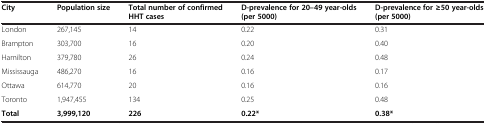
<table><thead><tr><td><b>City</b></td><td><b>Population size</b></td><td><b>Total number of confirmed HHT cases</b></td><td><b>D-prevalence for 20–49 year-olds (per 5000)</b></td><td><b>D-prevalence for ≥50 year-olds (per 5000)</b></td></tr></thead><tbody><tr><td>London</td><td>267,145</td><td>14</td><td>0.22</td><td>0.31</td></tr><tr><td>Brampton</td><td>303,700</td><td>16</td><td>0.20</td><td>0.40</td></tr><tr><td>Hamilton</td><td>379,780</td><td>26</td><td>0.24</td><td>0.48</td></tr><tr><td>Mississauga</td><td>486,270</td><td>16</td><td>0.16</td><td>0.17</td></tr><tr><td>Ottawa</td><td>614,770</td><td>20</td><td>0.16</td><td>0.16</td></tr><tr><td>Toronto</td><td>1,947,455</td><td>134</td><td>0.25</td><td>0.48</td></tr><tr><td><b>Total</b></td><td><b>3,999,120</b></td><td><b>226</b></td><td><b>0.22*</b></td><td><b>0.38*</b></td></tr></tbody></table>